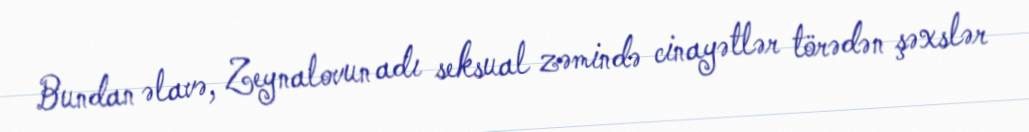
Bundan əlavə, Zeynalovun adı seksual zəmində cinayətlər törədən şəxslər